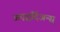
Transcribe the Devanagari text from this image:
अएद्वर्दिअन्स्